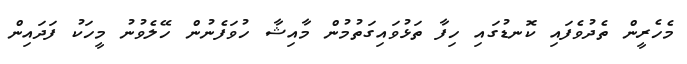
މެހެރީން ތެދުވެފައި ކޮނޑުގައި ހިފާ ތަޅުވައިގަތުމުން މާއިޝާ ހުވަފެނުން ހޭލެވުނު މީހަކު ފަދައިން